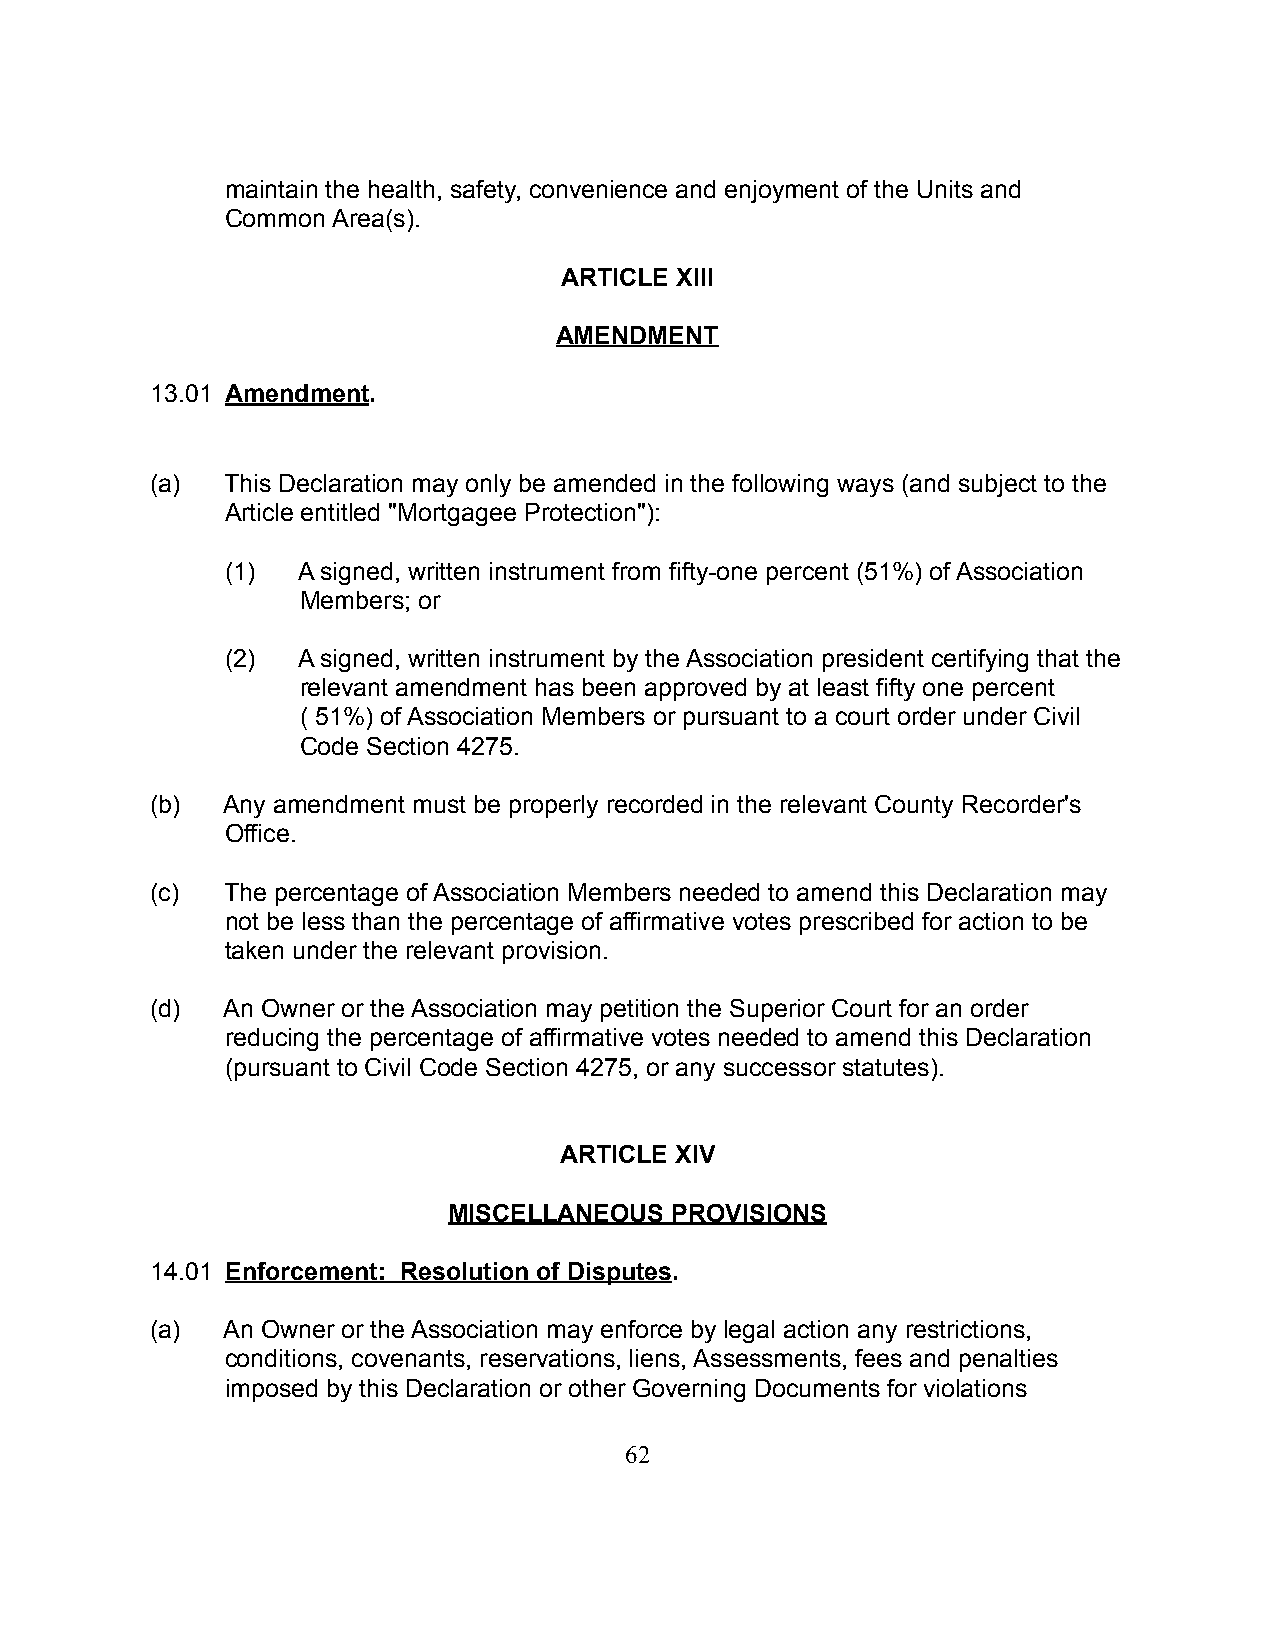
maintain the health, safety, convenience and enjoyment of the Units and
 Common Area(s).
 ARTICLE XIII
 AMENDMENT
 13.01 Amendment.
 (a)  This Declaration may only be amended in the following ways (and subject to the
 Article entitled "Mortgagee Protection"):
 (1)  A signed, written instrument from fifty-one percent (51%) of Association
 Members; or
 (2)  A signed, written instrument by the Association president certifying that the
 relevant amendment has been approved by at least fifty one percent
 ( 51%) of Association Members or pursuant to a court order under Civil
 Code Section 4275.
 (b)  Any amendment must be properly recorded in the relevant County Recorder's
 Office.
 (c)  The percentage of Association Members needed to amend this Declaration may
 not be less than the percentage of affirmative votes prescribed for action to be
 taken under the relevant provision.
 (d)  An Owner or the Association may petition the Superior Court for an order
 reducing the percentage of affirmative votes needed to amend this Declaration
 (pursuant to Civil Code Section 4275, or any successor statutes).
 ARTICLE XIV
 MISCELLANEOUS PROVISIONS
 14.01 Enforcement: Resolution of Disputes.
 (a)  An Owner or the Association may enforce by legal action any restrictions,
 conditions, covenants, reservations, liens, Assessments, fees and penalties
 imposed by this Declaration or other Governing Documents for violations
 62